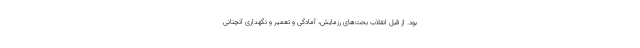
بود. از قبل انقلاب بحث‌های رزمایش، آمادگی و تعمیر و نگهداری آنچنانی